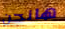
هانحن